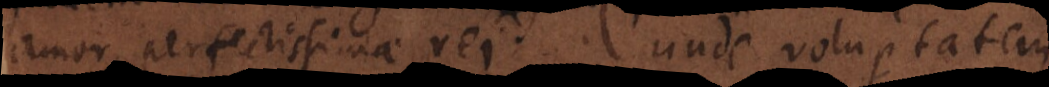
amor, perfectissimae rei, unde voluptatem